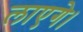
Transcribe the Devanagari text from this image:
लाएगे।